Report of the Indian Hemp Drugs Commission, 1894-1895 - Volume I
Year: 1894
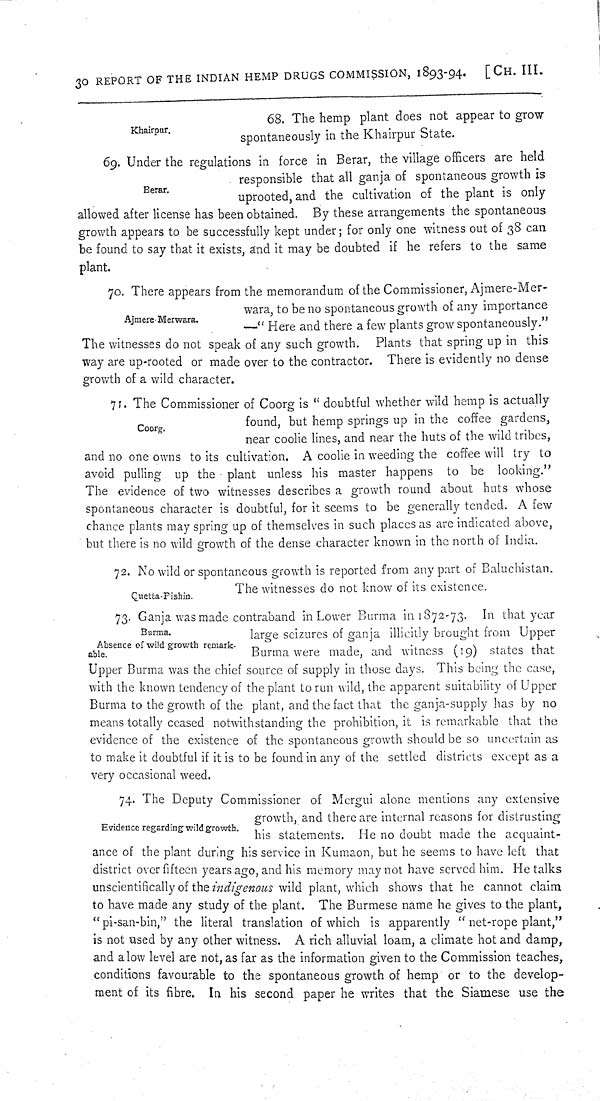
30 REPORT OF THE INDIAN HEMP DRUGS COMMISSION, 1893-94. [CH. III.
Khairpur.
68. The hemp plant does not appear to grow
spontaneously in the Khairpur State.
Berar.
69. Under the regulations in force in Berar, the village officers are held
responsible that all ganja of spontaneous growth is
uprooted, and the cultivation of the plant is only
allowed after license has been obtained. By these arrangements the spontaneous
growth appears to be successfully kept under; for only one witness out of 38 can
be found to say that it exists, and it may be doubted if he refers to the same
plant.
Ajmere-Merwara.
70. There appears from the memorandum of the Commissioner, Ajmere-Mer-
wara, to be no spontaneous growth of any importance
—"Here and there a few plants grow spontaneously."
The witnesses do not speak of any such growth. Plants that spring up in this
way are up-rooted or made over to the contractor. There is evidently no dense
growth of a wild character.
Coorg.
71. The Commissioner of Coorg is "doubtful whether wild hemp is actually
found, but hemp springs up in the coffee gardens,
near coolie lines, and near the huts of the wild tribes,
and no one owns to its cultivation. A coolie in weeding the coffee will try to
avoid pulling up the plant unless his master happens to be looking."
The evidence of two witnesses describes a growth round about huts whose
spontaneous character is doubtful, for it seems to be generally tended. A few
chance plants may spring up of themselves in such places as are indicated above,
but there is no wild growth of the dense character known in the north of India.
Quetta-Pishin.
72. No wild or spontaneous growth is reported from any part of Baluchistan.
The witnesses do not know of its existence.
Burma.
Absence of wild growth remark-
able.
73. Ganja was made contraband in Lower Burma in 1872-73. In that year
large seizures of ganja illicitly brought from Upper
Burma were made, and witness (19) states that
Upper Burma was the chief source of supply in those days. This being the case,
with the known tendency of the plant to run wild, the apparent suitability of Upper
Burma to the growth of the plant, and the fact that the ganja-supply has by no
means totally ceased notwithstanding the prohibition, it is remarkable that the
evidence of the existence of the spontaneous growth should be so uncertain as
to make it doubtful if it is to be found in any of the settled districts except as a
very occasional weed.
Evidence regarding wild growth.
74. The Deputy Commissioner of Mergui alone mentions any extensive
growth, and there are internal reasons for distrusting
his statements. He no doubt made the acquaint-
ance of the plant during his service in Kumaon, but he seems to have left that
district over fifteen years ago, and his memory may not have served him. He talks
unscientifically of the indigenous wild plant, which shows that he cannot claim
to have made any study of the plant. The Burmese name he gives to the plant,
"pi-san-bin," the literal translation of which is apparently "net-rope plant,"
is not used by any other witness. A rich alluvial loam, a climate hot and damp,
and a low level are not, as far as the information given to the Commission teaches,
conditions favourable to the spontaneous growth of hemp or to the develop-
ment of its fibre. In his second paper he writes that the Siamese use the